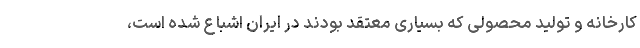
کارخانه و تولید محصولی که بسیاری معتقد بودند در ایران اشباع شده است،